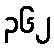
၃၆၂